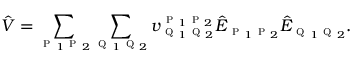
\hat { V } = \sum _ { \textsc { p } _ { 1 } \textsc { p } _ { 2 } } \sum _ { \textsc { q } _ { 1 } \textsc { q } _ { 2 } } { v } _ { \textsc { q } _ { 1 } \textsc { q } _ { 2 } } ^ { \textsc { p } _ { 1 } \textsc { p } _ { 2 } } \hat { E } _ { \textsc { p } _ { 1 } \textsc { p } _ { 2 } } \hat { E } _ { \textsc { q } _ { 1 } \textsc { q } _ { 2 } } .